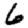
Digit: 6